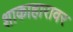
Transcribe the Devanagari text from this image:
शाकाहारावर